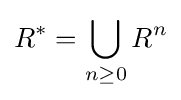
R^{*}=\bigcup _{n\geq 0}R^{n}